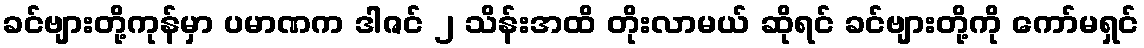
ခင်ဗျားတို့ကုန်မှာ ပမာဏက ဒါဇင် ၂ သိန်းအထိ တိုးလာမယ် ဆိုရင် ခင်ဗျားတို့ကို ကော်မရှင်